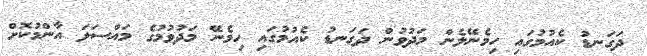
ދަގަނޑު ކެއުމުގައި ހިމެނޭލެން މަދުވުން ދަގަނޑު ކެއުމުގައި ހިމެނޭ މަދުވުމުގެ މައްސަލަ އާންމުކޮށް